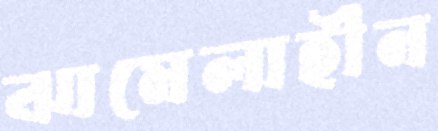
ঝামেলাহীন